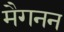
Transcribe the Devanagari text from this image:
मैगनन